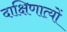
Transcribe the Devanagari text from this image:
दाक्षिणात्यों